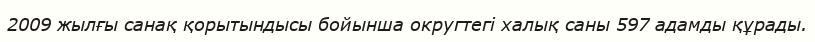
2009 жылғы санақ қорытындысы бойынша округтегі халық саны 597 адамды құрады.